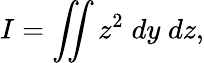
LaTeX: I=\iint z^{2}\; dy\; dz,